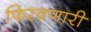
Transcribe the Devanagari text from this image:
फिरवणारी